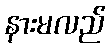
နားမလည်